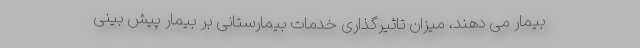
بیمار می دهند، میزان تاثیرگذاری خدمات بیمارستانی بر بیمار پیش بینی